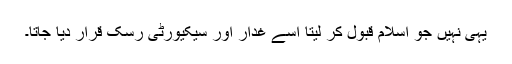
یہی نہیں جو اسلام قبول کر لیتا اسے غدار اور سیکیورٹی رسک قرار دیا جاتا۔